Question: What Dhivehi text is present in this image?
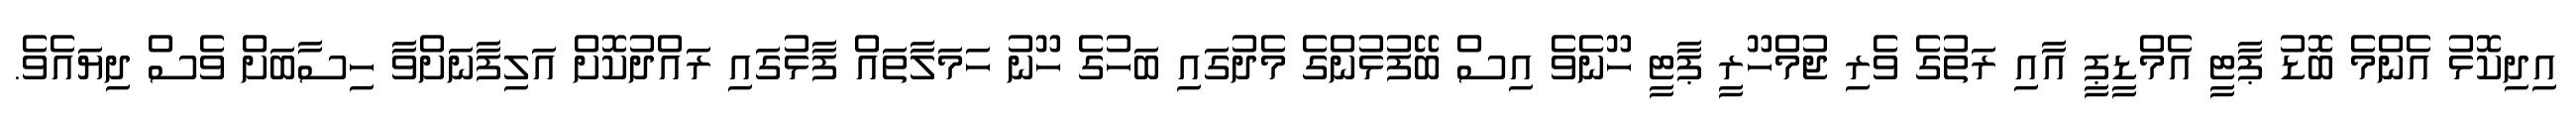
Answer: އިދިކޮޅު އެންމެ ބޮޑު ޕާޓީ އެމްޑީޕީ އާއި ރަތުގެ ވެރި ޖުމްހޫރީ ޕާޓީ ހޫނެވެ އިސް ބޭފުޅުންގެ މެދުގައި ބަހުގެ ހޫނު ހަމަލާތައް ފާޅުގައި ރައްދުކޮށް އަލިފާނަށްވާ ހިސާބަށް ވެސް ދިޔައެވެ.